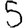
Digit: 5